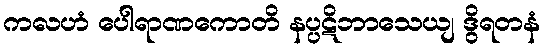
ကလဟံ ပေါရာဏကောတိ နပ္ပဋိဘာသေယျ ဒွိရတနံ